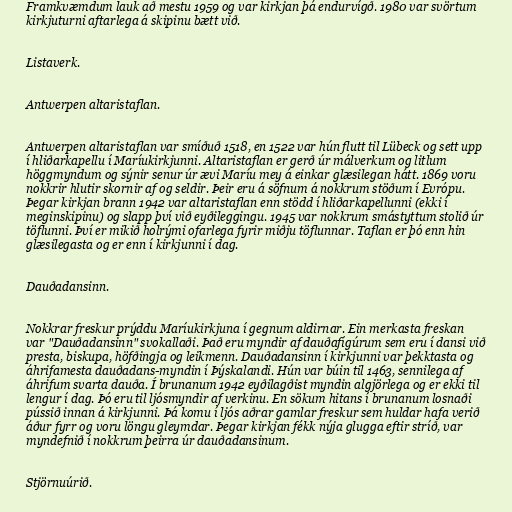
Framkvæmdum lauk að mestu 1959 og var kirkjan þá endurvígð. 1980 var svörtum
kirkjuturni aftarlega á skipinu bætt við.

Listaverk.

Antwerpen altaristaflan.

Antwerpen altaristaflan var smíðuð 1518, en 1522 var hún flutt til Lübeck og sett upp
í hliðarkapellu í Maríukirkjunni. Altaristaflan er gerð úr málverkum og litlum
höggmyndum og sýnir senur úr ævi Maríu mey á einkar glæsilegan hátt. 1869 voru
nokkrir hlutir skornir af og seldir. Þeir eru á söfnum á nokkrum stöðum í Evrópu.
Þegar kirkjan brann 1942 var altaristaflan enn stödd í hliðarkapellunni (ekki í
meginskipinu) og slapp því við eyðileggingu. 1945 var nokkrum smástyttum stolið úr
töflunni. Því er mikið holrými ofarlega fyrir miðju töflunnar. Taflan er þó enn hin
glæsilegasta og er enn í kirkjunni í dag.

Dauðadansinn.

Nokkrar freskur prýddu Maríukirkjuna í gegnum aldirnar. Ein merkasta freskan
var "Dauðadansinn" svokallaði. Það eru myndir af dauðafígúrum sem eru í dansi við
presta, biskupa, höfðingja og leikmenn. Dauðadansinn í kirkjunni var þekktasta og
áhrifamesta dauðadans-myndin í Þýskalandi. Hún var búin til 1463, sennilega af
áhrifum svarta dauða. Í brunanum 1942 eyðilagðist myndin algjörlega og er ekki til
lengur í dag. Þó eru til ljósmyndir af verkinu. En sökum hitans í brunanum losnaði
pússið innan á kirkjunni. Þá komu í ljós aðrar gamlar freskur sem huldar hafa verið
áður fyrr og voru löngu gleymdar. Þegar kirkjan fékk nýja glugga eftir stríð, var
myndefnið í nokkrum þeirra úr dauðadansinum.

Stjörnuúrið.